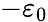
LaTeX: -\varepsilon_{0}